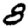
Digit: 8